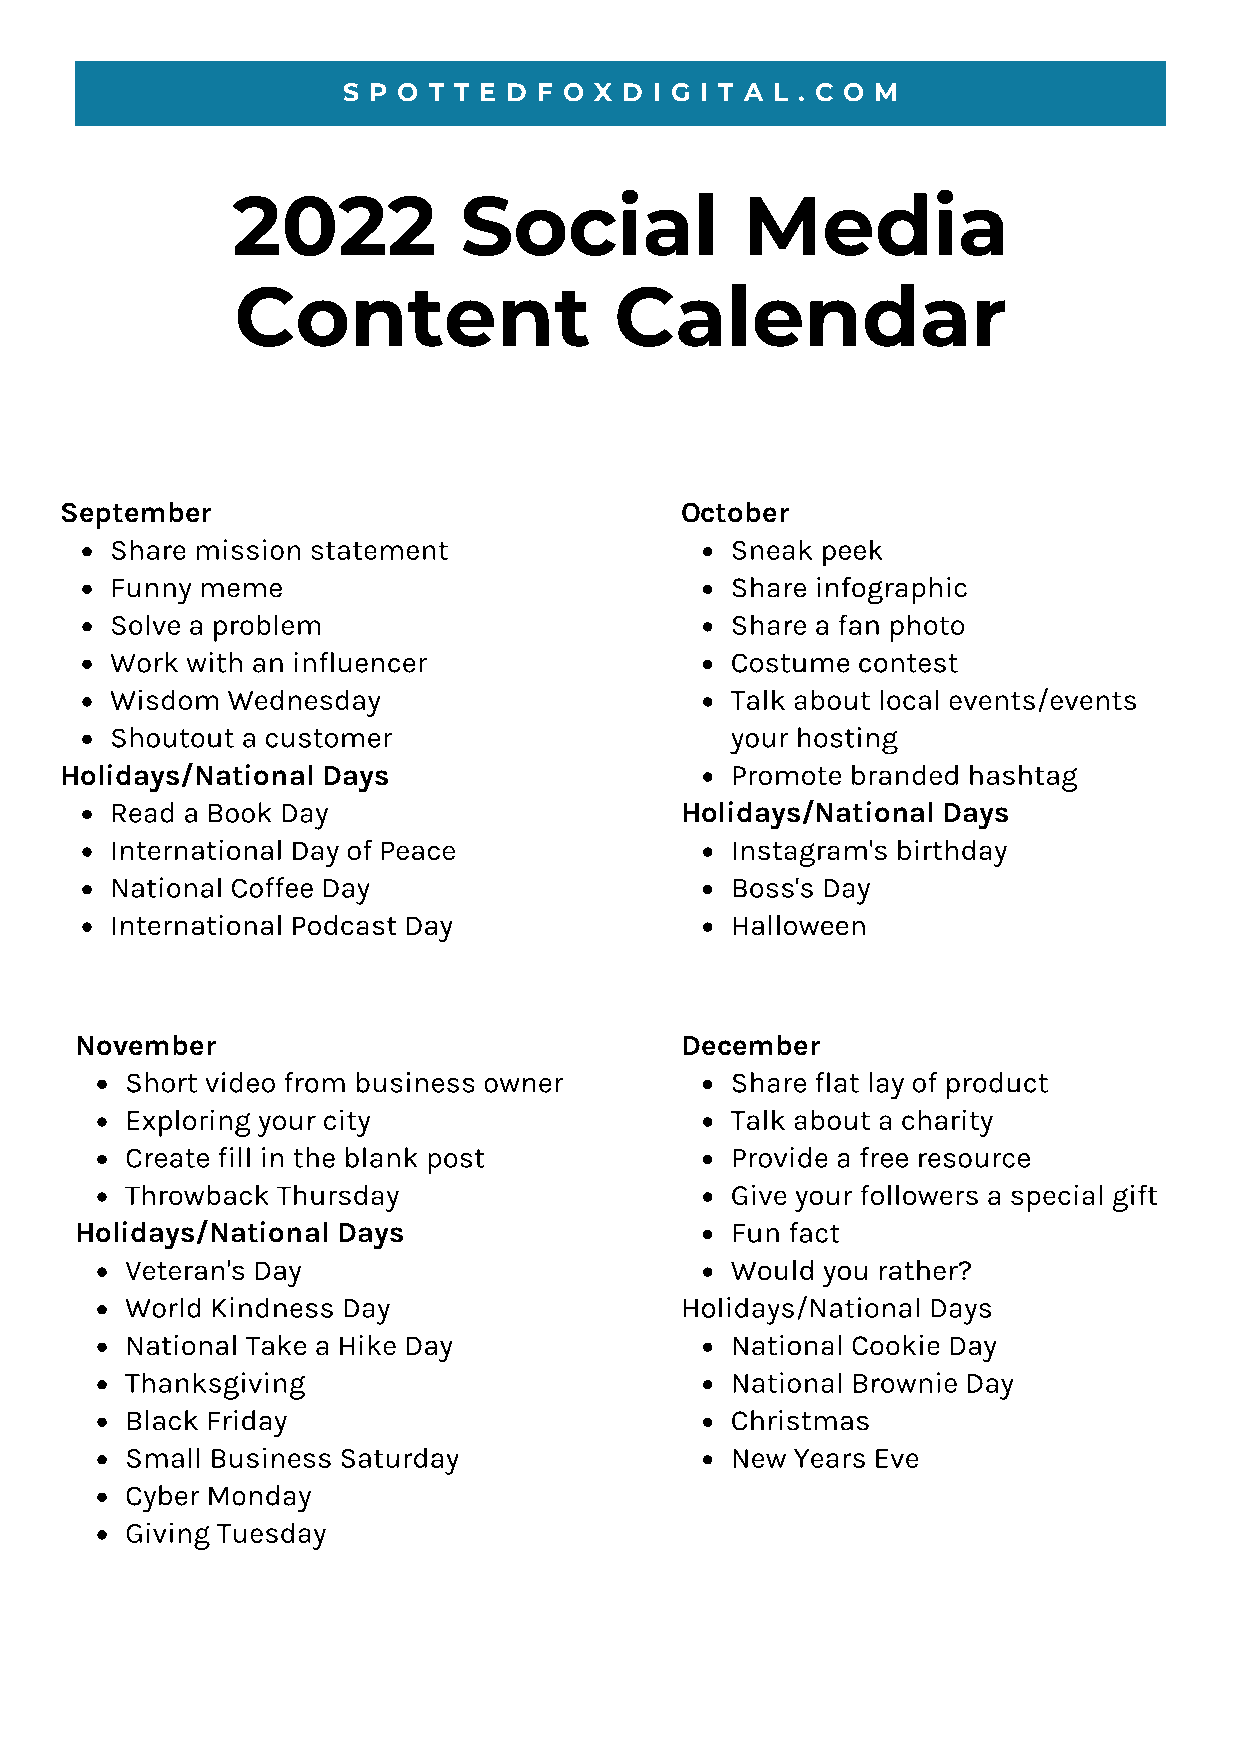
S P O T T E D F O X D I G I T A L . C O M
 2022           Social             Media
 Content                  Calendar
 September                                October
 Share mission statement                  Sneak peek
 Funny meme                               Share infographic
 Solve a problem                          Share a fan photo
 Work with an influencer                  Costume  contest
 Wisdom  Wednesday                        Talk about local events/events
 Shoutout a customer                      your hosting
 Holidays/National Days
 Promote branded hashtag
 Holidays/National Days
 Read a Book Day
 International Day of Peace               Instagram's birthday
 National Coffee Day                      Boss's Day
 International Podcast Day                Halloween
 November                                December
 Short video from business owner         Share flat lay of product
 Exploring your city                     Talk about a charity
 Create fill in the blank post           Provide a free resource
 Throwback Thursday                      Give your followers a special gift
 Holidays/National Days
 Fun fact
 Veteran's Day                           Would you rather?
 World Kindness Day                   Holidays/National Days
 National Take a Hike Day                National Cookie Day
 Thanksgiving                            National Brownie Day
 Black Friday                            Christmas
 Small Business Saturday                 New  Years Eve
 Cyber Monday
 Giving Tuesday